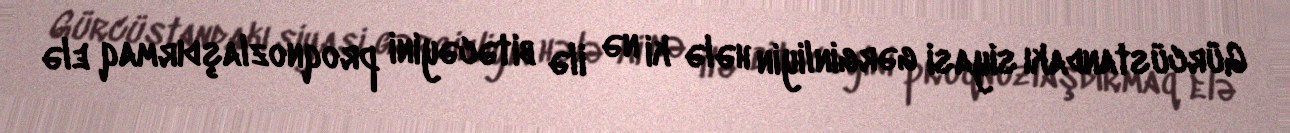
Gürcüstandakı siyasi gərginliyin hələ ki nə ilə bitəcəyini proqnozlaşdırmaq elə